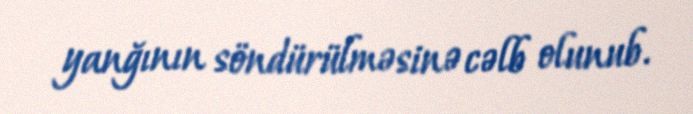
yanğının söndürülməsinə cəlb olunub.